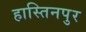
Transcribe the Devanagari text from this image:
हास्तिनपुर